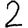
Digit: 2